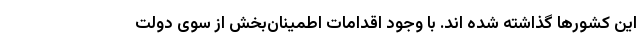
این کشورها گذاشته شده اند. با وجود اقدامات اطمینان‌بخش از سوی دولت